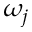
\omega _ { j }